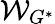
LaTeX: \mathcal{W}_{G^{\ast}}